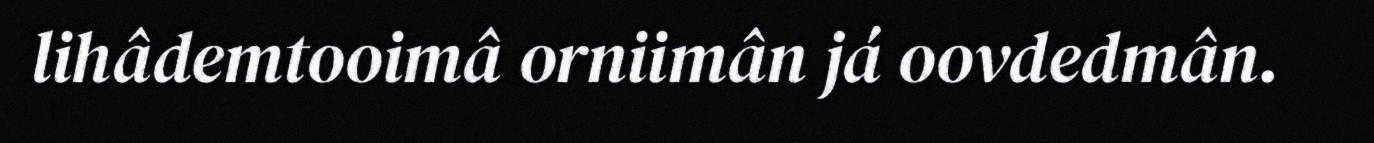
lihâdemtooimâ orniimân já oovdedmân.